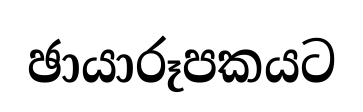
ඡායාරූපකයට